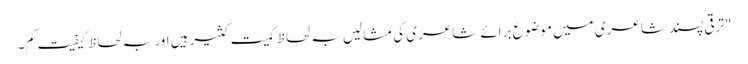
"ترقی پسند شاعری میں موضوع برائے شاعری کی مثالیں بہ لحاظ کمیت کثیر ہیں اور بہ لحاظ کیفیت کم۔